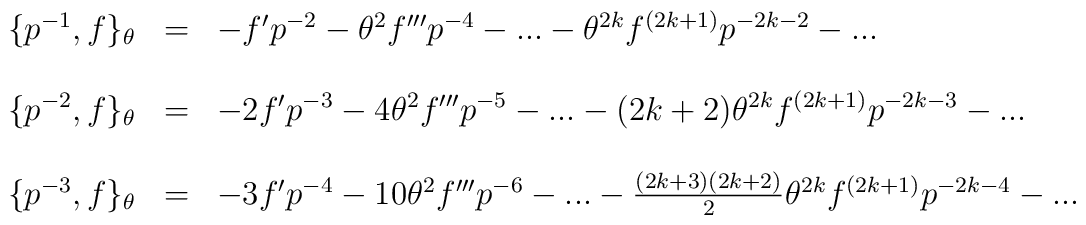
\begin{array}{lcl}\{p^{-1}, f\}_{\theta} &=&-f'p^{-2}-{\theta}^{2}f'''p^{-4}-...- {\theta}^{2k}f^{(2k+1)}p^{-2k-2}-...\\\\\{p^{-2}, f\}_{\theta} &=&-2f'p^{-3}-4{\theta}^{2}f'''p^{-5}-...- (2k+2){\theta}^{2k}f^{(2k+1)}p^{-2k-3}-...\\\\\{p^{-3}, f\}_{\theta} &=&-3f'p^{-4}-10{\theta}^{2}f'''p^{-6}-...- \frac{(2k+3)(2k+2)}{2}{\theta}^{2k}f^{(2k+1)}p^{-2k-4}-...\end{array}